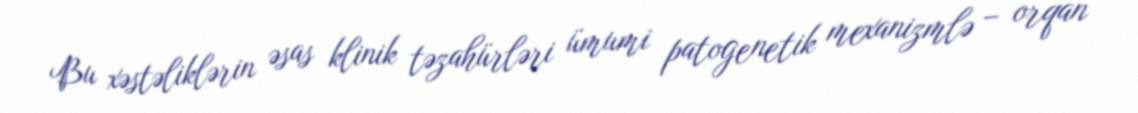
Bu xəstəliklərin əsas klinik təzahürləri ümumi patogenetik mexanizmlə – orqan